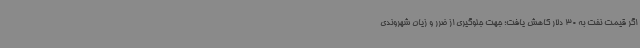
اگر قیمت نفت به 30 دلار کاهش یافت؛ جهت جلوگیری از ضرر و زیان شهروندی